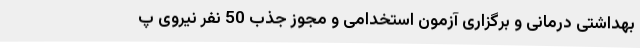
بهداشتی درمانی و برگزاری آزمون استخدامی و مجوز جذب 50 نفر نیروی پ